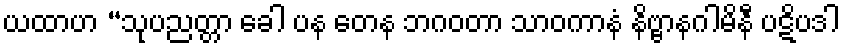
ယထာဟ “သုပညတ္တာ ခေါ ပန တေန ဘဂဝတာ သာဝကာနံ နိဗ္ဗာနဂါမိနီ ပဋိပဒါ